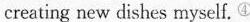
creating new dishes myself.④